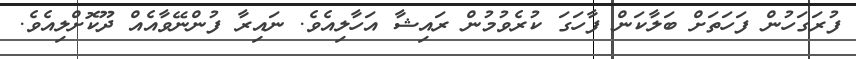
ފުރަގަހުން ފަހަތަށް ބަލާކަން ފާހަގަ ކުރެވުމުން ރައިޝާ އަހާލިއެވެ. ނައިރާ ފުންނޭވާއެއް ދޫކޮށްލިއެވެ.